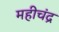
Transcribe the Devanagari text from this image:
महीचंद्र